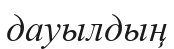
дауылдың